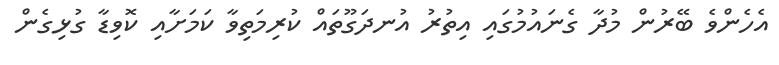
އެހެންވެ ބޭރުން މުދާ ގެނައުމުގައި އިތުރު އުނދަގޫތައް ކުރިމަތިވާ ކަމަށާއި ކޮވިޑާ ގުޅިގެން